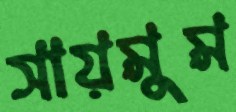
সায়মুম